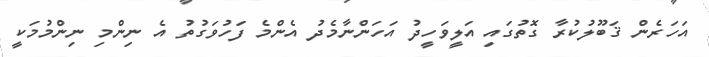
އަހަރެން ޤަބޫލުކުރާ ގޮތުގައި އަލީވަހީދު އަހަންނާމެދު އެންމެ ފަހުވަގުތު އެ ނިންމި ނިންމުމަކީ